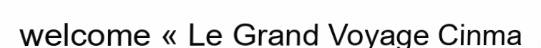
welcome « Le Grand Voyage Cinma